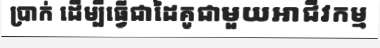
ប្រាក់ ដើម្បីធ្វើជាដៃគូជាមួយអាជីវកម្ម